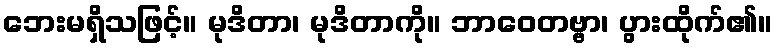
ဘေးမရှိသဖြင့်။ မုဒိတာ၊ မုဒိတာကို။ ဘာဝေတဗ္ဗာ၊ ပွားထိုက်၏။